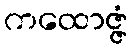
ကထောဇ္ဇံ